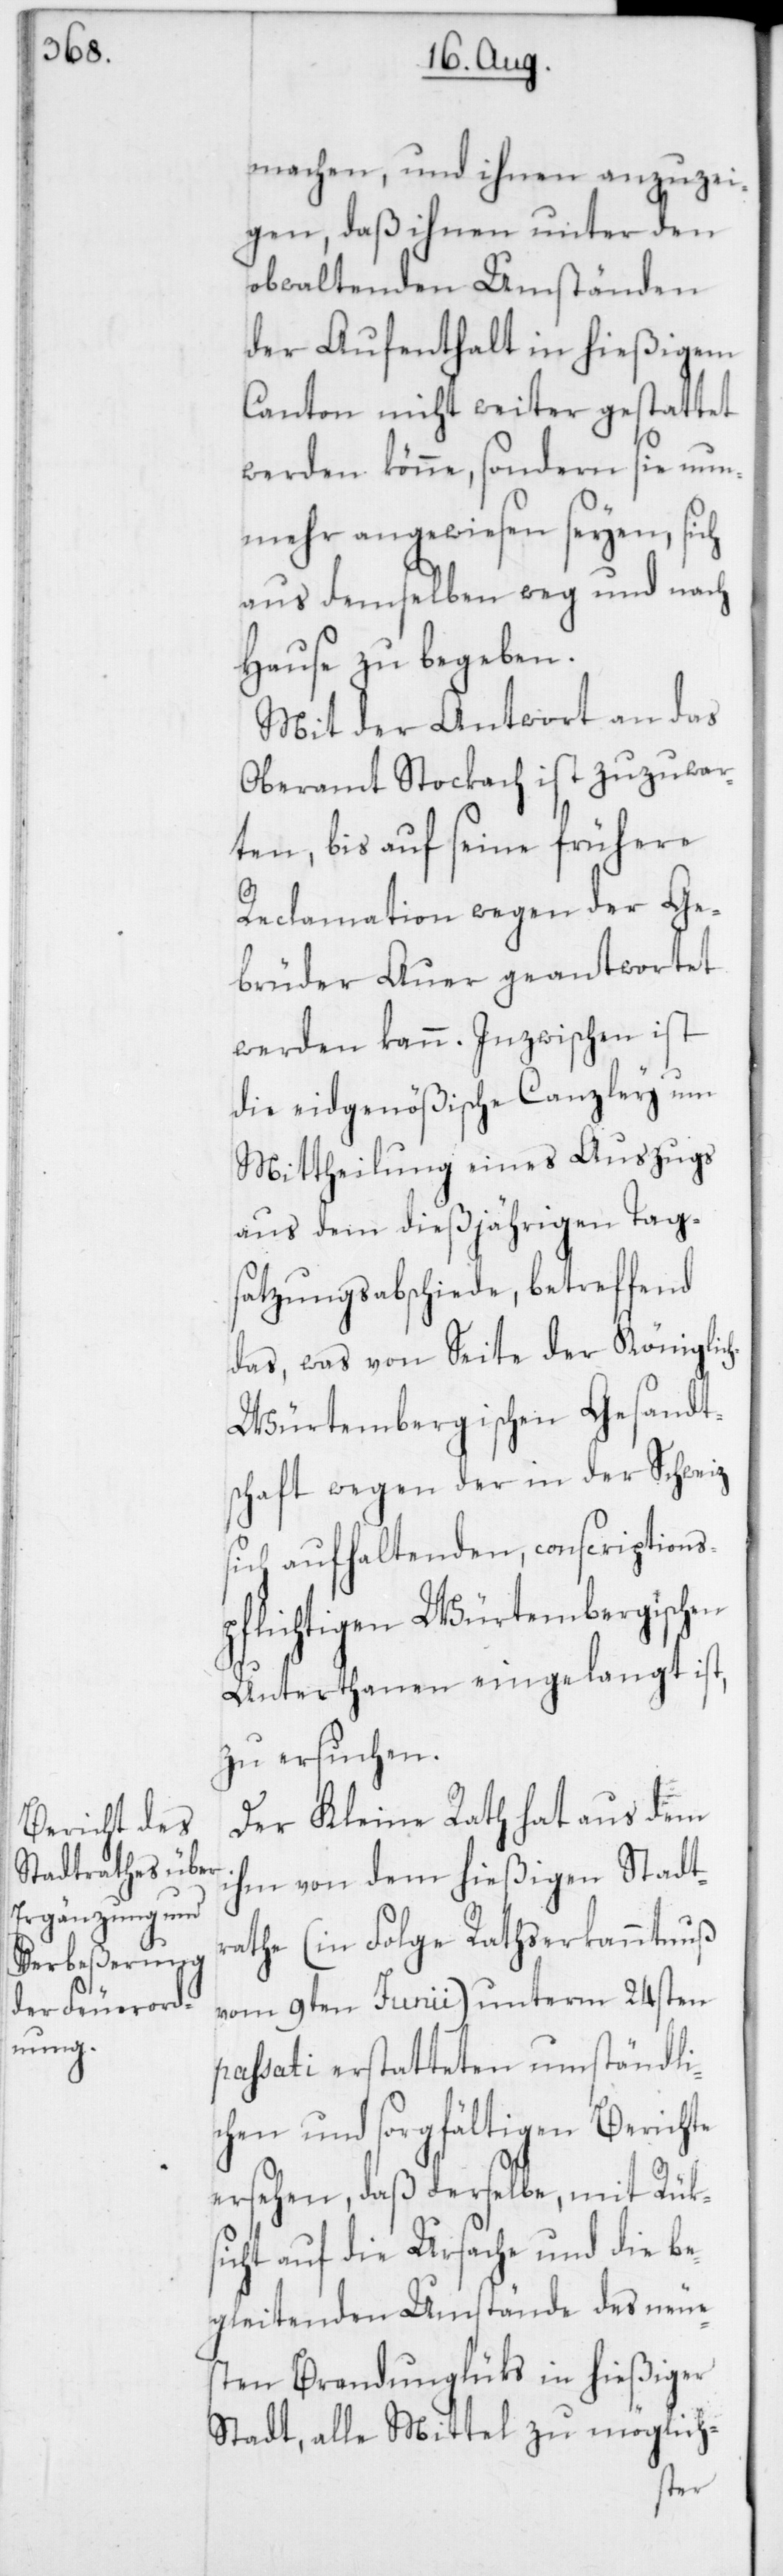
machen und ihnen anzuzei¬
gen, daß ihnen unter den
obwaltenden Umständen
der Aufenthalt in hießigem
Canton nicht weiter gestattet
werden könne, sondern sie nun¬
mehr angewiesen seyen, sich
aus demselben weg und nach
Hause zu begeben.
Mit der Antwort an das
Oberamt Stockach ist zuzuwar¬
ten, bis auf seine frühere
Reclamation wegen der Ge¬
brüder Auer geantwortet
werden kann. Inzwischen ist
die eidgenößische Canzley um
Mittheilung eines Auszugs
aus dem dießjährigen Tags¬
atzungsabschiede, betreffend
das, was von Seite der Königlic¬
h-Würtembergischen Gesandt¬
schaft wegen der in der Schweiz
sich aufhaltenden, conscriptions¬
pflichtigen Würtembergischen
Unterthanen eingelangt ist,
zu ersuchen.
Der Kleine Rath hat aus dem
ihm von dem hießigen Stadt¬
rathe (in Folge Rathserkanntnuß
vom 9ten Junii) unterm 24sten
passati erstatteten umständli¬
chen und sorgfältigen Berichte
ersehen, daß derselbe, mit Rüks¬
icht auf die Ursache und die be¬
gleitenden Umstände des neue¬
sten Brandunglüks in hießiger
Stadt, alle Mittel zu möglich-